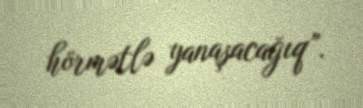
hörmətlə yanaşacağıq”.